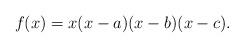
LaTeX: \begin{align*}f(x) & = x(x-a)(x-b)(x-c).\end{align*}